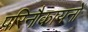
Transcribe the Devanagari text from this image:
परिनौकायनों